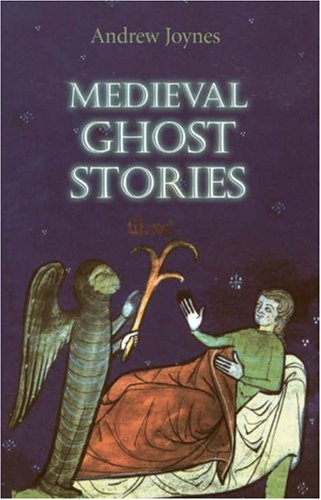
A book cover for Medieval Ghost Stories; Andrew Joynes; Literature & Fiction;